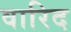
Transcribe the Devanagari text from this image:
वारिद